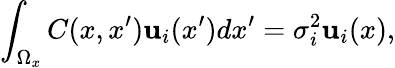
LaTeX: \int_{\Omega_{x}}C(x,x^{\prime}){\mathbf{u}}_{i}(x^{\prime})dx^{\prime}=\sigma_{i}^{2}{\mathbf{u}}_{i}(x),